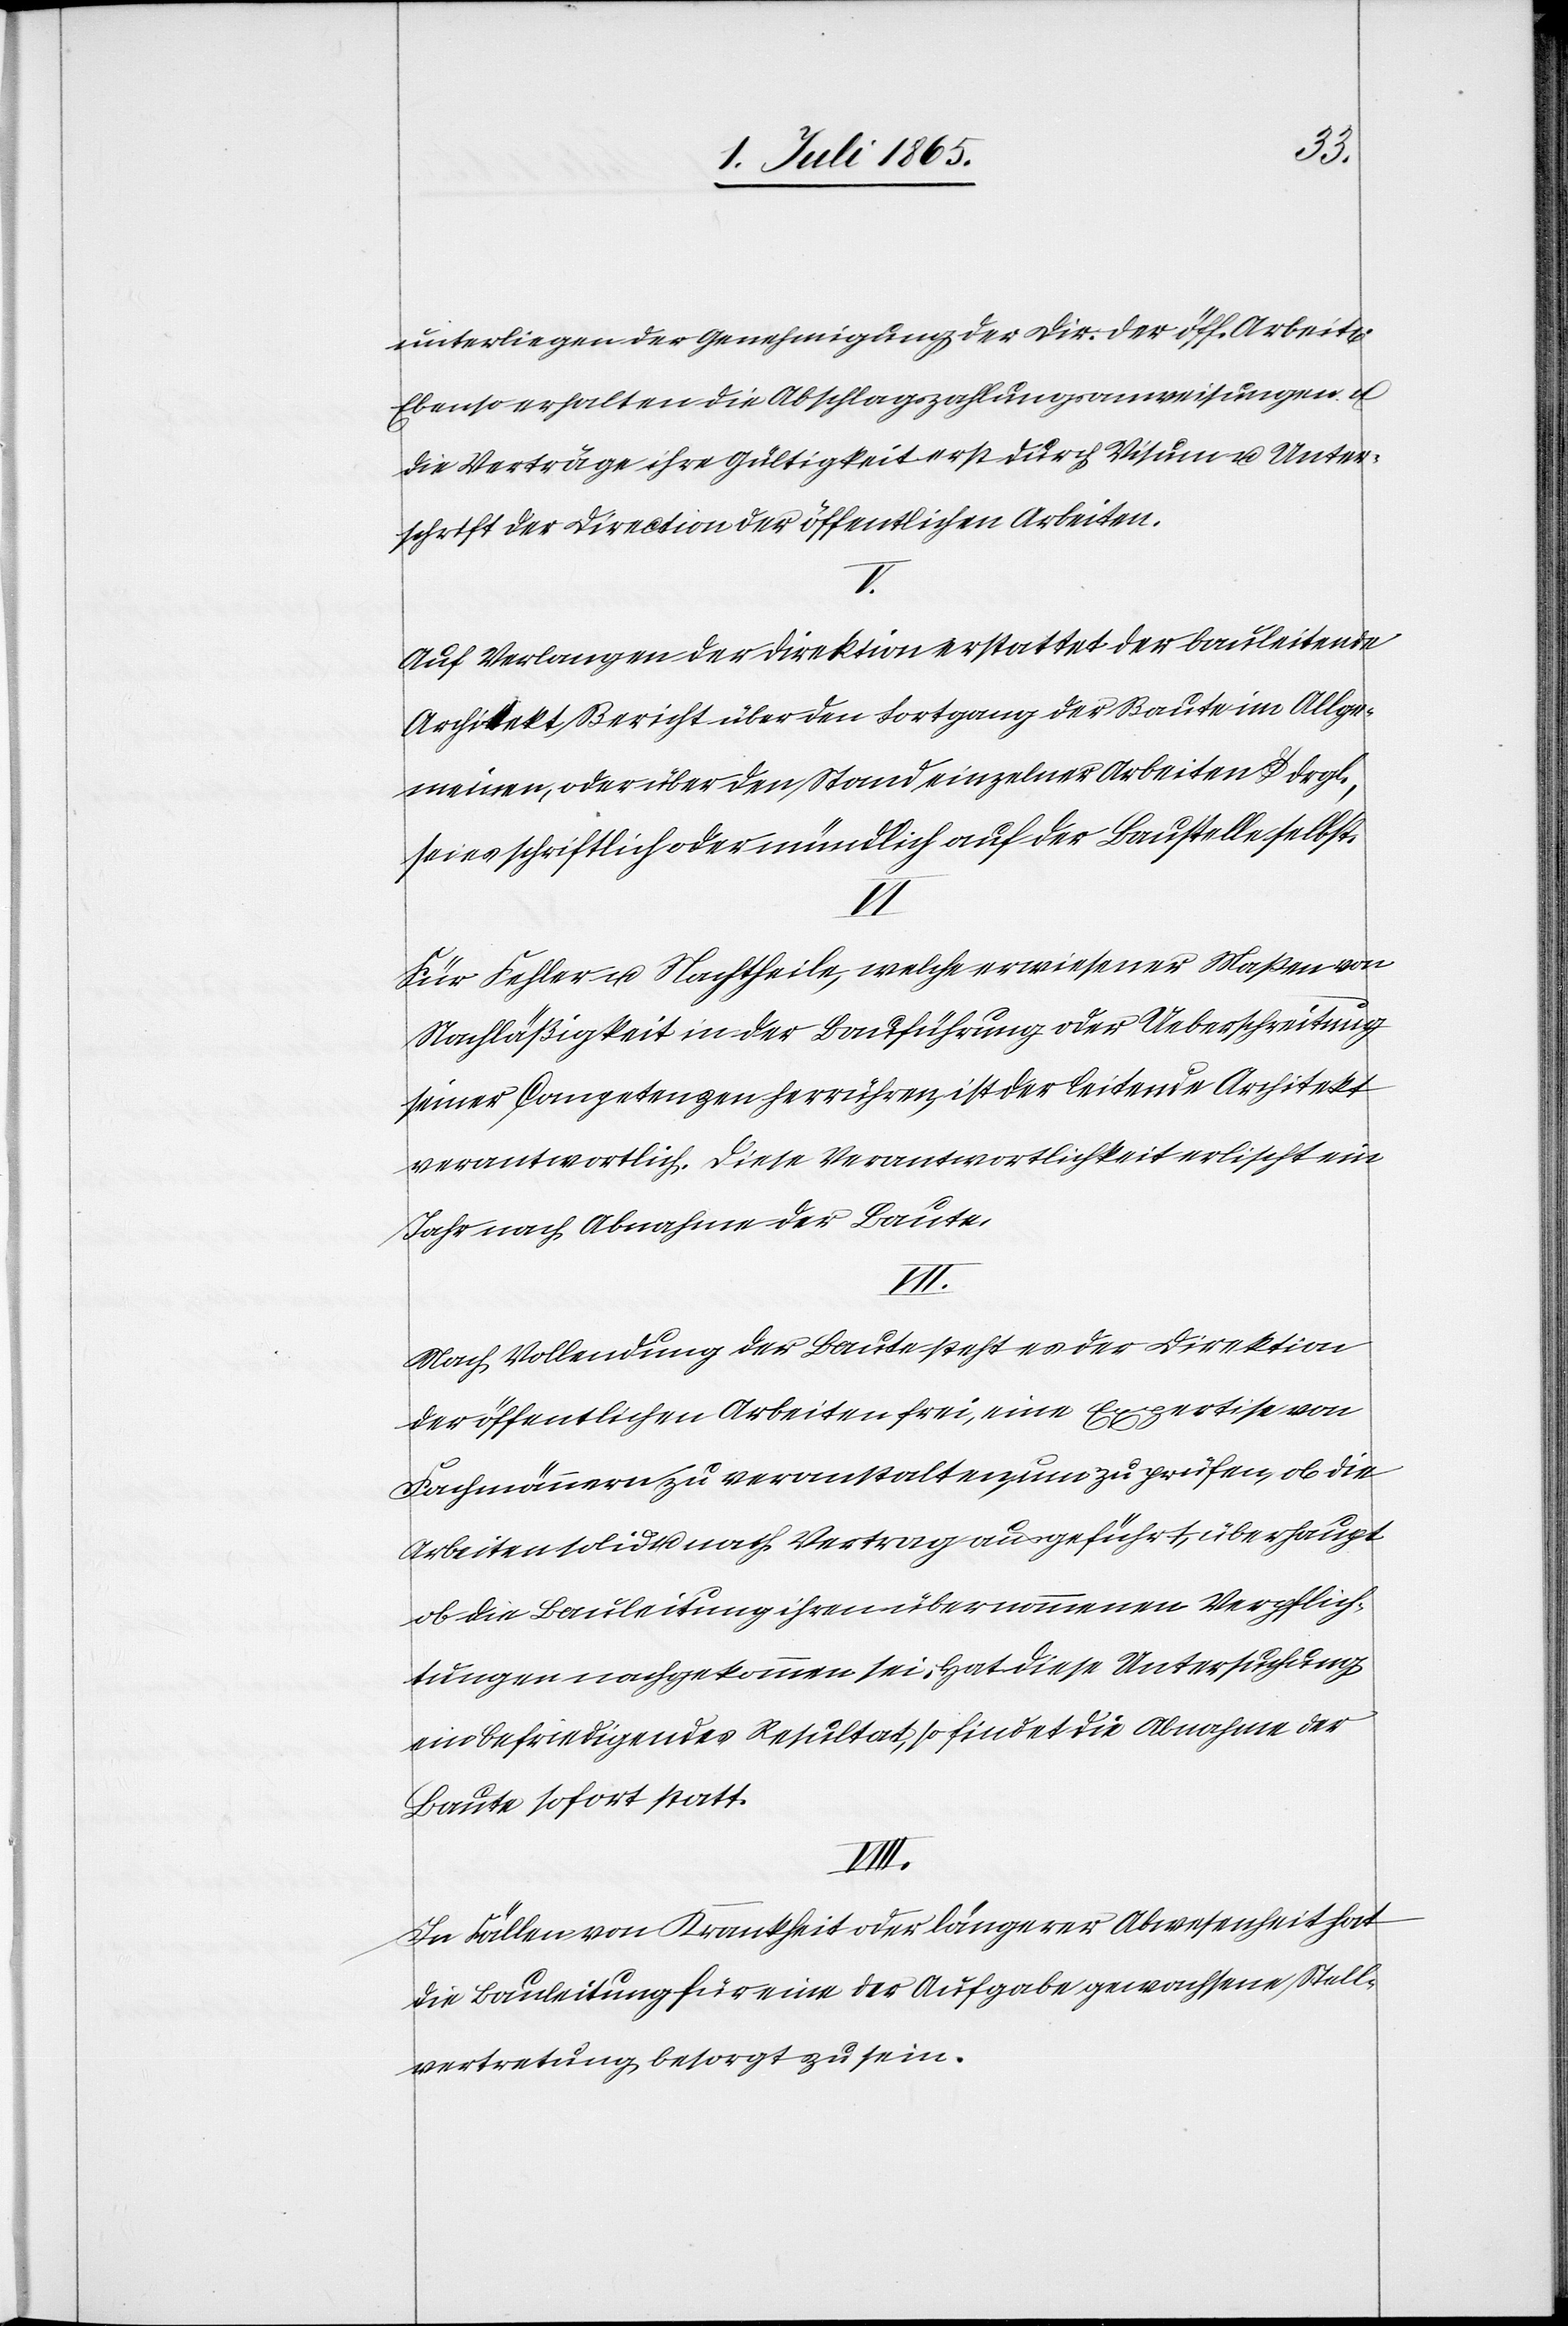
unterliegen der Genehmigung der Direktion. der öff. Arbeit[e¬
Ebenso erhalten die Abschlagszahlungsanweisungen u.
die Verträge ihre Gültigkeit erst durch Visum u. Unter¬
schrift der Direktion der öffentlichen Arbeiten.
V.
Auf Verlangen der Direktion erstattet der bauleitende
Architekt Bericht über den Fortgang der Baute im Allge¬
meinen, oder über den Stand einzelner Arbeiten u. drgl.
sei es schriftlich oder mündlich auf der Baustelle selbst.
n].
Für Fehler u. Nachtheile, welche erwiesener Maßen von
Nachläßigkeit in der Bauführung oder Ueberschreitung
seiner Competenzen herrühren, ist der leitende Architekt
verantwortlich. Diese Verantwortlichkeit erlischt ein
Jahr nach Abnahme der Baute.
VII.
Nach Vollendung der Baute steht es der Direktion
Expertise von
der öffentlichen Arbeiten frei, eine
Fachmännern zu veranstalten, um zu prüfen, ob die
Arbeiten solid u. nach Vertrag ausgeführt, überhaupt
ob die Bauleitung ihren übernommenen Verpflich¬
tungen nachgekommen sei. Hat diese Untersuchung
ein befriedigendes Resultat, so findet die Abnahme der
Baute sofort statt.
In Fällen von Krankheit oder längerer Abwesenheit hat
die Bauleitung für eine der Aufgabe gewachsene Stell¬
vertretung besorgt zu sein.